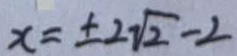
x = \pm 2 \sqrt { 2 } - 2